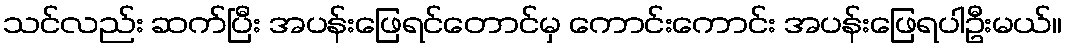
သင်လည်း ဆက်ပြီး အပန်းဖြေရင်တောင်မှ ကောင်းကောင်း အပန်းဖြေရပါဦးမယ်။